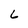
Character: 6